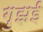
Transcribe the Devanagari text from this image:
गुझई